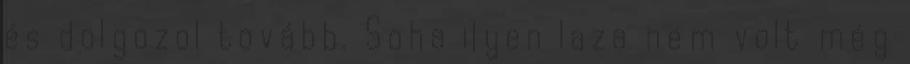
és dolgozol tovább. Soha ilyen laza nem volt még